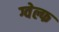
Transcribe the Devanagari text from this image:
ग्वेल्फ